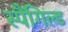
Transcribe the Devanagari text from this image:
स्पैंगिल्ड